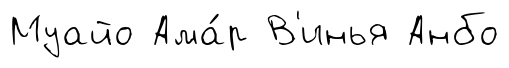
Муайо Ама́р В'инья Анбо